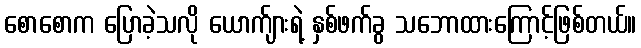
စောစောက ပြောခဲ့သလို ယောက်ျားရဲ့ နှစ်ဖက်ခွ သဘောထားကြောင့်ဖြစ်တယ်။